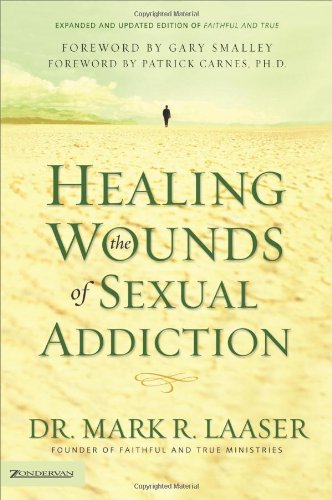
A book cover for Healing the Wounds of Sexual Addiction; Mark Laaser; Health, Fitness & Dieting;